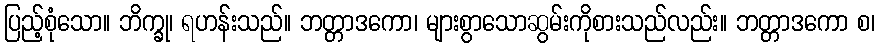
ပြည့်စုံသော။ ဘိက္ခု၊ ရဟန်းသည်။ ဘတ္တာဒကော၊ များစွာသောဆွမ်းကိုစားသည်လည်း။ ဘတ္တာဒကော စ၊